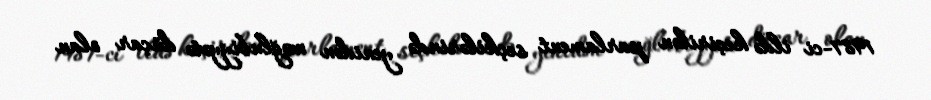
1981-ci ildə keçirilən parlament seçkilərində yenidən məğlubiyyətə düçar olan